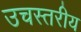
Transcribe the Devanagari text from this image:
उचस्तरीय